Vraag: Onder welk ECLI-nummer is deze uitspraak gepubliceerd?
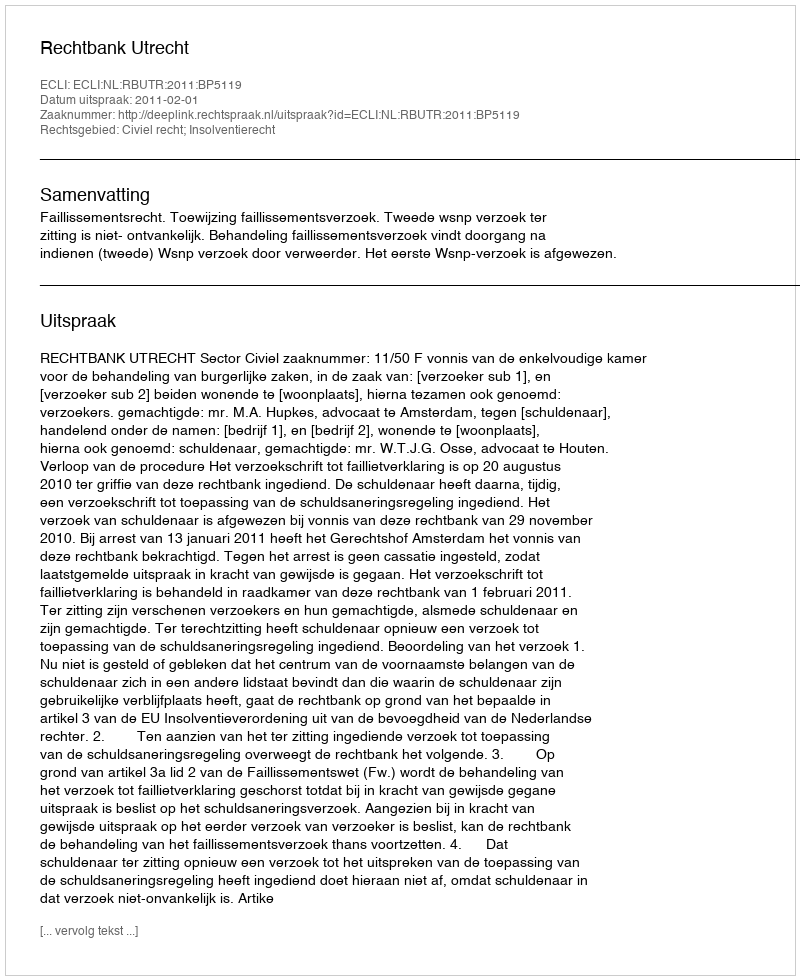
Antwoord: ECLI:NL:RBUTR:2011:BP5119